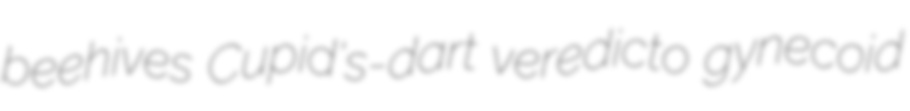
beehives Cupid's-dart veredicto gynecoid